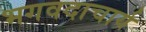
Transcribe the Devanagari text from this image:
भगवदाचार्य